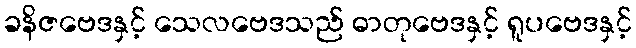
ခနိဇဗေဒနှင့် သေလဗေဒသည် ဓာတုဗေဒနှင့် ရူပဗေဒနှင့်